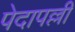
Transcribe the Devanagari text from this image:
पेदापल्ली